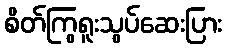
စိတ်ကြွရူးသွပ်ဆေးပြား